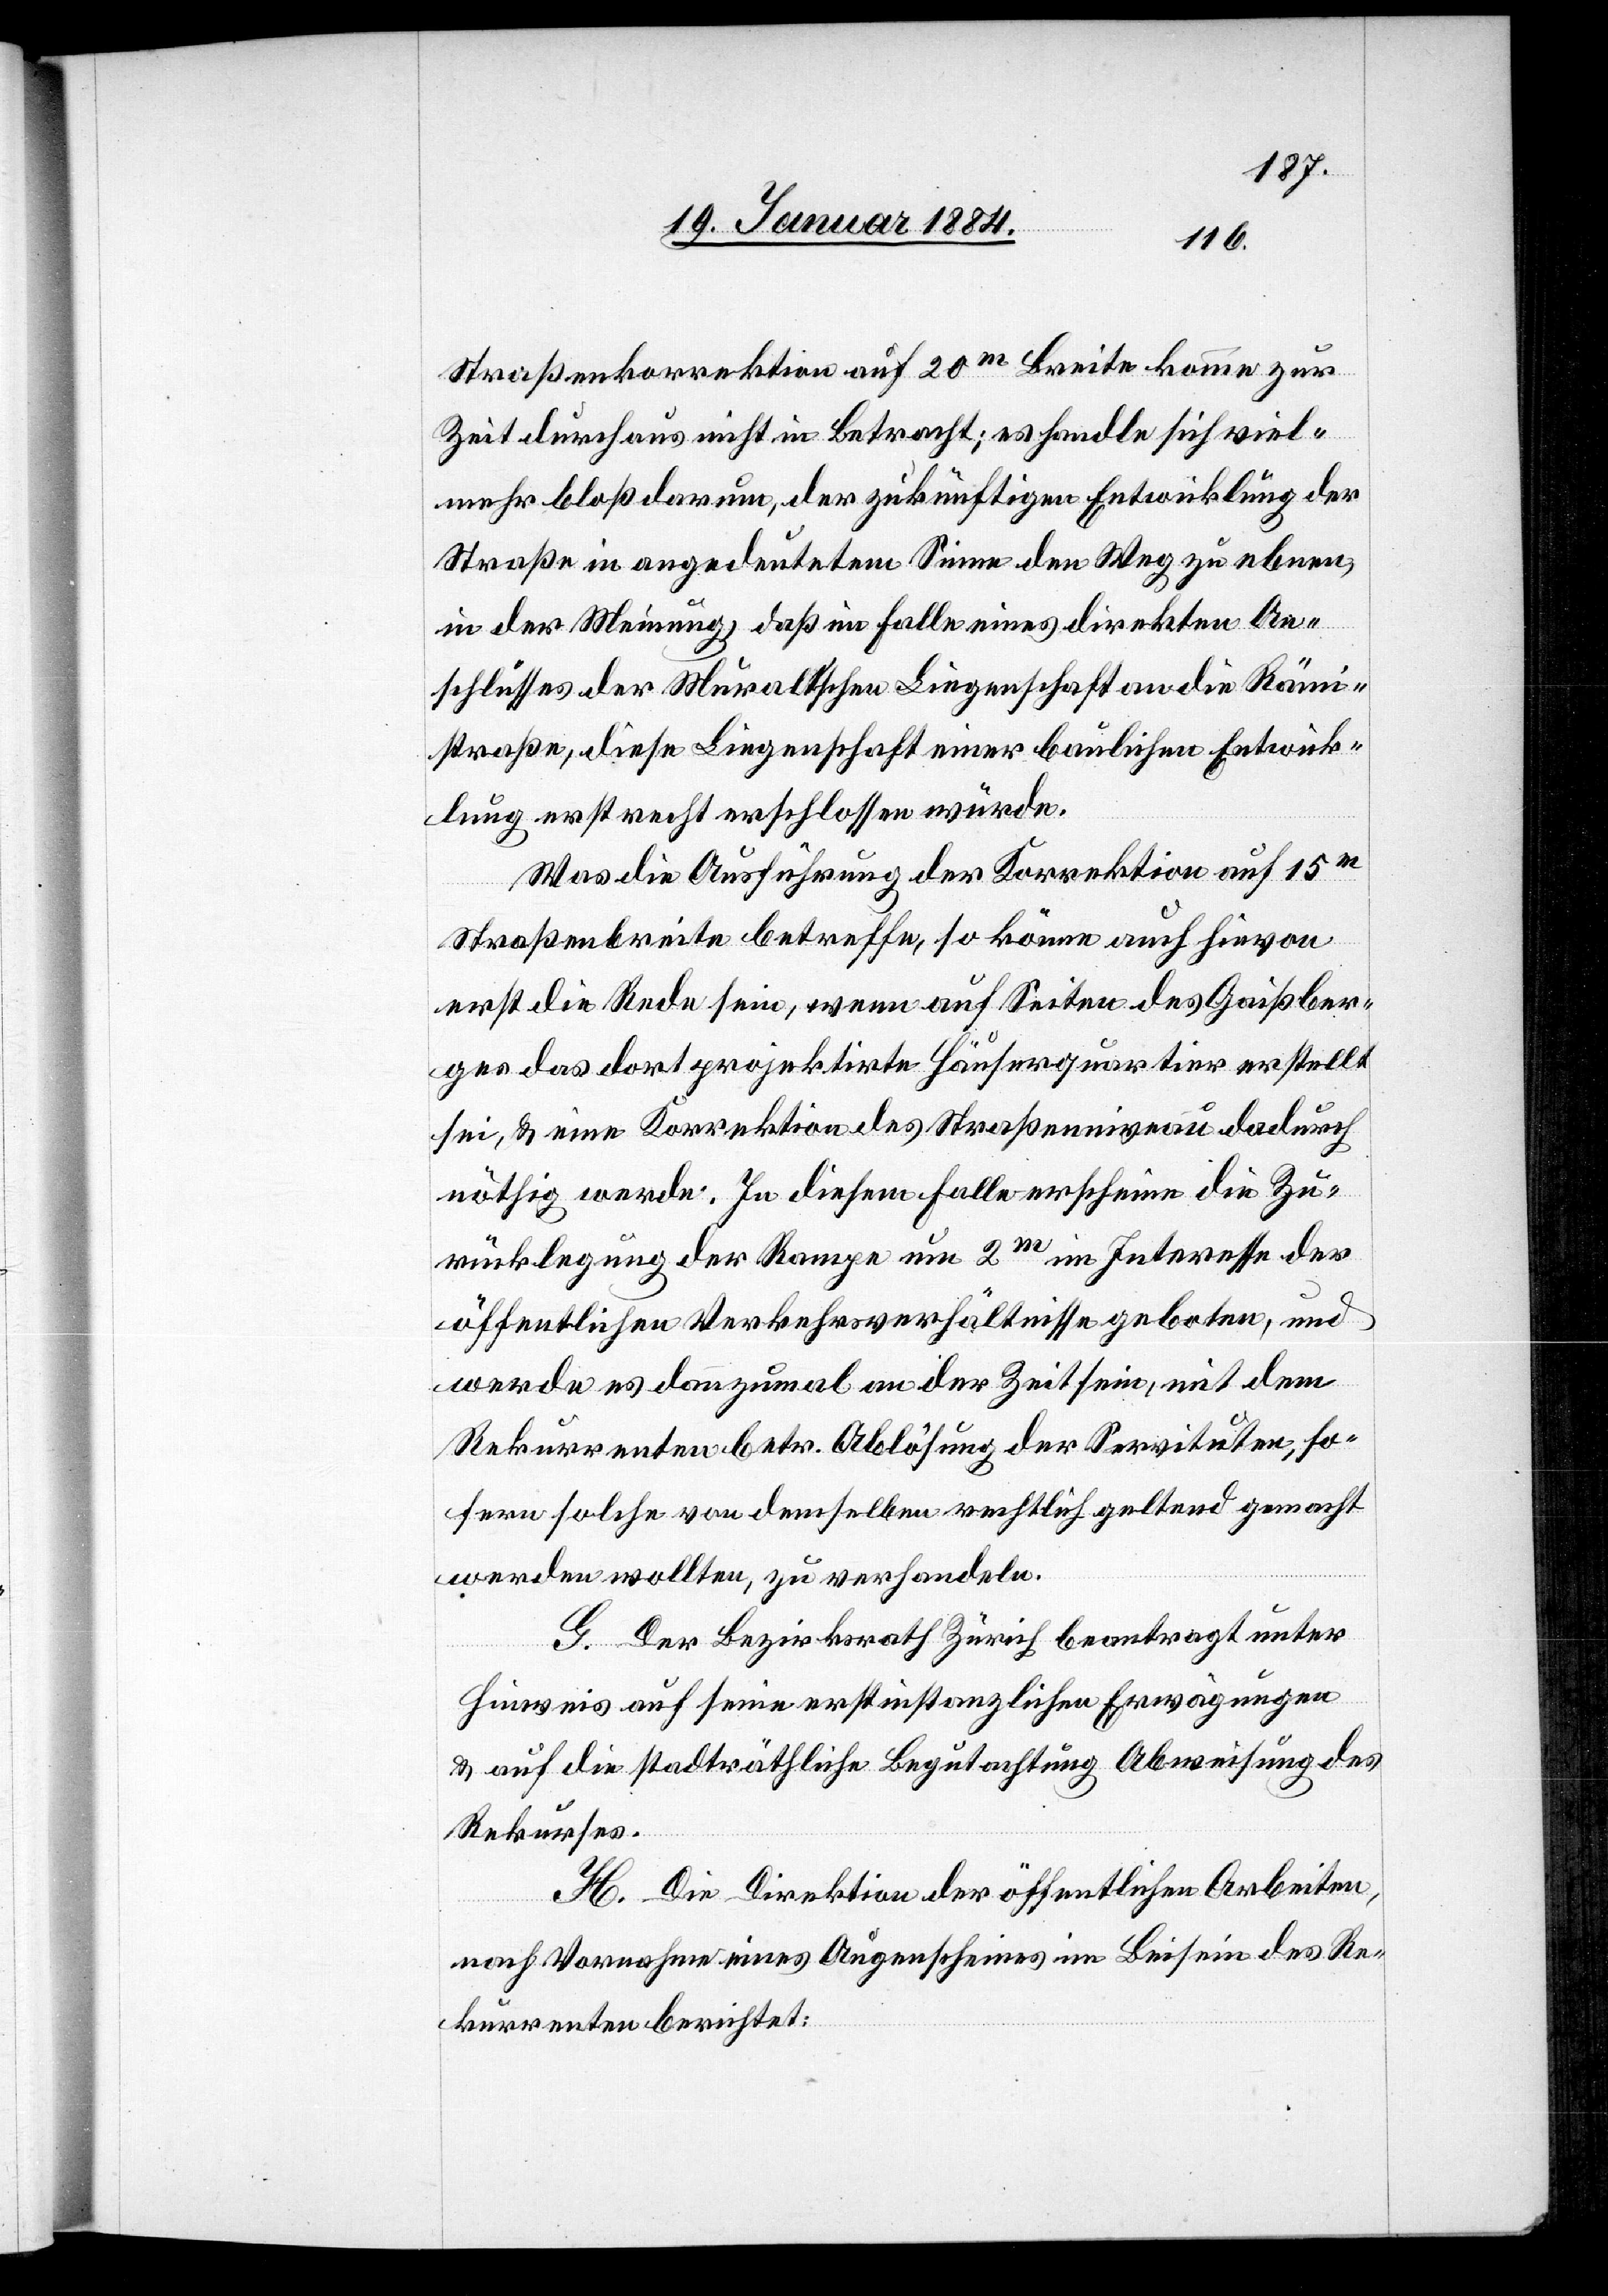
Straßenkorrektion auf 20m Breite komme zur
Zeit durchaus nicht in Betracht; es handle sich viel¬
mehr bloß darum, der zukünftigen Entwicklung der
Straße in angedeutetem Sinne den Weg zu ebnen,
in der Meinung, daß im Falle eines direkten An¬
schlusses der Muralt’schen Liegenschaft an die Rämi¬
straße, diese Liegenschaft einer baulichen Entwick¬
lung erst recht erschlossen würde.
Was die Ausführung der Korrektion auf 15m
Straßenbreite betreffe, so könne auch hievon
erst die Rede sein, wenn auf Seiten des Gaißber¬
ges das dort projektirte Häuserquartier erstellt
sei, & eine Korrektion des Straßenniveau dadurch
nöthig werde. In diesem Falle erscheine die Zu¬
rücklegung der Rampe um 2m im Interesse der
öffentlichen Verkehrsverhältnisse geboten, und
werde es dannzumal an der Zeit sein, mit dem
Rekurrenten betr. Ablösung der Servituten, so¬
fern solche von demselben rechtlich geltend gemacht
werden wollten, zu verhandeln.
G. Der Bezirksrath Zürich beantragt unter
Hinweis auf seine erstinstanzlichen Erwägungen
& auf die stadträthliche Begutachtung Abweisung des
Rekurses.
H. Die Direktion der öffentlichen Arbeiten,
nach Vornahme eines Augenscheines im Beisein des Re¬
kurrenten berichtet: